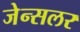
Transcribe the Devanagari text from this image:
जेन्सलर